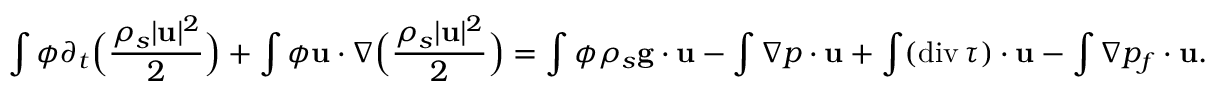
\int \phi \partial _ { t } \Big ( \frac { \rho _ { s } | { \bf u } | ^ { 2 } } { 2 } \Big ) + \int \phi { \bf u } \cdot \nabla \Big ( \frac { \rho _ { s } | { \bf u } | ^ { 2 } } { 2 } \Big ) = \int \phi \rho _ { s } { \bf g } \cdot { \bf u } - \int \nabla p \cdot { \bf u } + \int ( \mathrm { d i v } \, \boldsymbol { \tau } ) \cdot { \bf u } - \int \nabla p _ { f } \cdot { \bf u } .